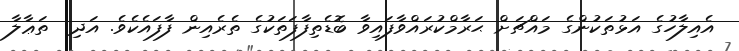
އެއިލާހުގެ އަޅުތަކުންގެ މައްޗަށް ޙަރާމްކުރައްވާފައިވާ ބޮޑެތިފާފަތަކުގެ ތެރެއިން ފާފައެކެވެ. އަދި  ތަޢާލާ